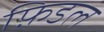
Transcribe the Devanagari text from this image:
फ़िडल